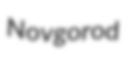
Novgorod